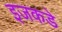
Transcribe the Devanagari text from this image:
इजकडे